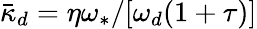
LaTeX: \bar{\kappa}_{d}=\eta\omega_{\ast}/[\omega_{d}(1+\tau)]